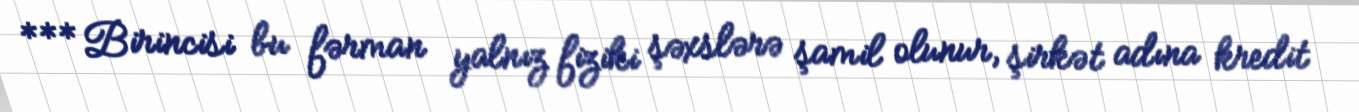
***Birincisi bu fərman yalnız fiziki şəxslərə şamil olunur, şirkət adına kredit